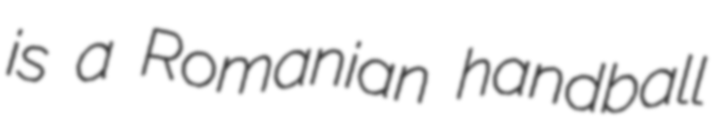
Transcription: is a Romanian handball